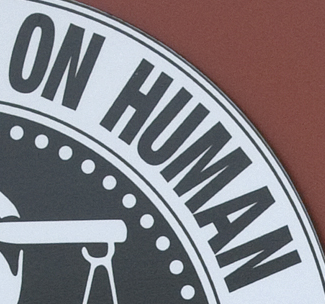
ON HUMAN